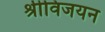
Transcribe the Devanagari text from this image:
श्रीविजयन